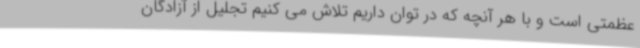
عظمتی است و با هر آنچه که در توان داریم تلاش می کنیم تجلیل از آزادگان